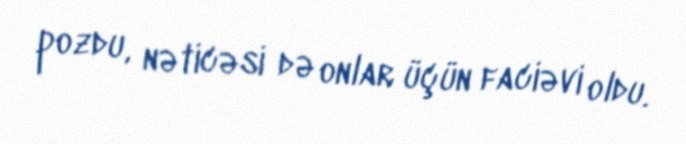
pozdu, nəticəsi də onlar üçün faciəvi oldu.